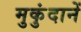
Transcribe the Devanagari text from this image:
मुकुंदानें